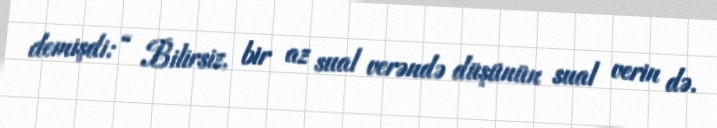
demişdi: “ Bilirsiz, bir az sual verəndə düşünün sual verin də.